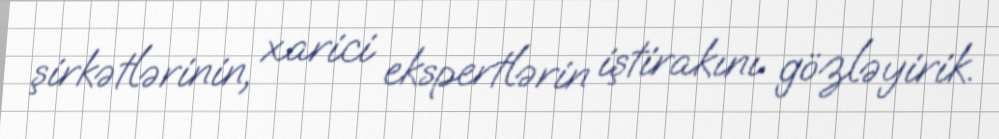
şirkətlərinin, xarici ekspertlərin iştirakını gözləyirik.